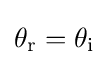
\theta _{\mathrm {r} }=\theta _{\mathrm {i} }